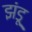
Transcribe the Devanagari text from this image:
झंडू